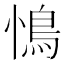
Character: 𮬩